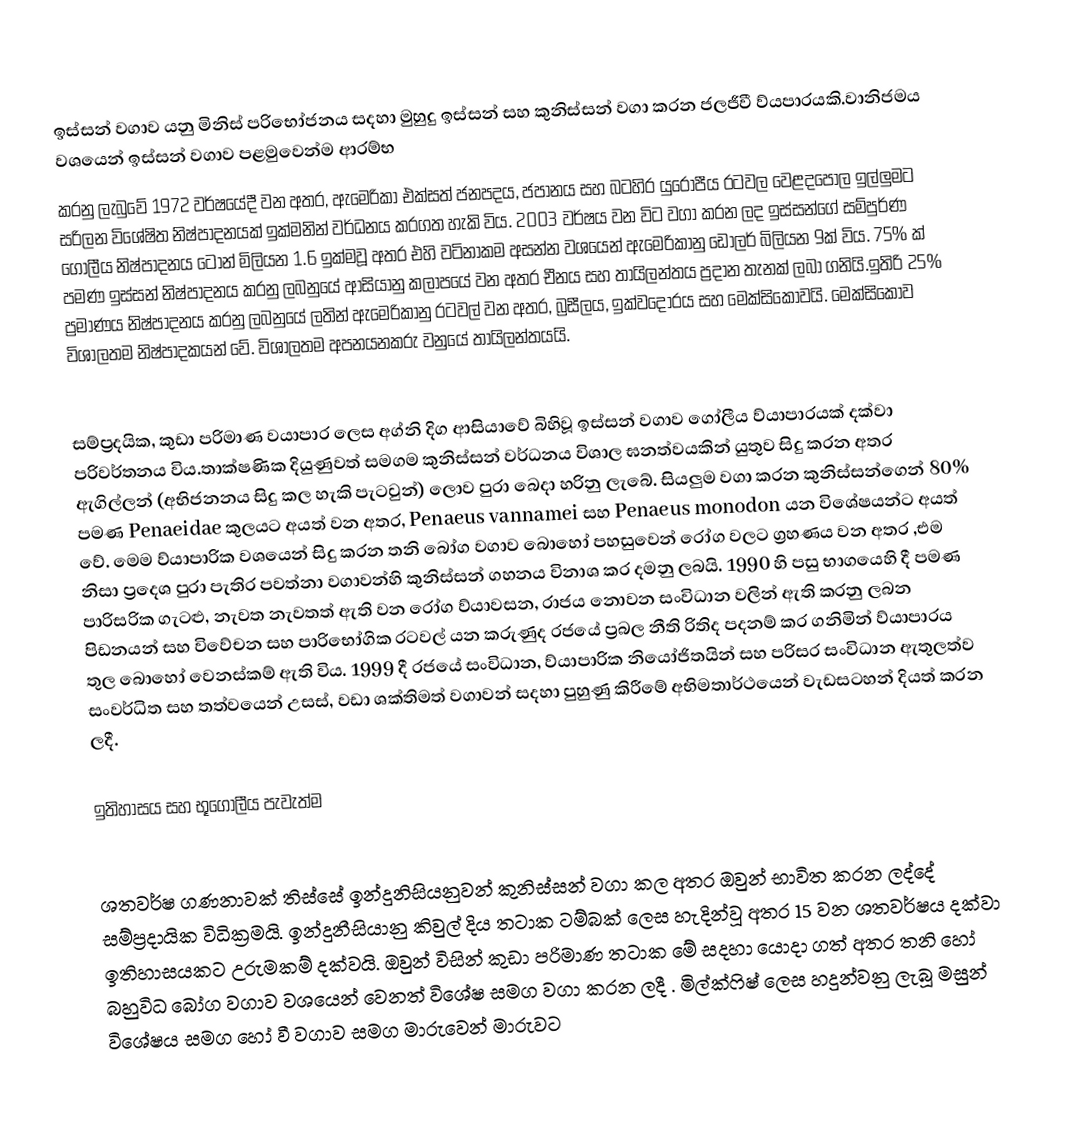
ඉස්සන් වගාව යනු මිනිස් පරිභෝජනය සදහා මුහුදු ඉස්සන් සහ කුනිස්සන් වගා කරන ජලජීවී ව්යපාරයකි.වානිජමය වශයෙන් ඉස්සන් වගාව පළමුවෙන්ම ආරම්භ
කරනු ලැබුවේ 1972 වර්ෂයේදී වන අතර, ඇමෙරිකා එක්සත් ජනපදය, ජපානය සහ බටහිර යුරෝපීය රටවල වෙළදපොල ඉල්ලුමට සරිලන විශේෂිත නිෂ්පාදනයක් ඉක්මනින් වර්ධනය කරගත හැකි විය. 2003 වර්ෂය වන විට වගා කරන ලද ඉස්සන්ගේ සම්පුර්ණ ගෝලීය නිෂ්පාදනය ටොන් මිලියන 1.6 ඉක්මවූ අතර එහි වටිනාකම අසන්න වශයෙන් ඇමෙරිකානු ඩොලර් බිලියන 9ක් විය. 75% ක් පමණ ඉස්සන් නිෂ්පාදනය කරනු ලබනුයේ ආසියානු කලාපයේ වන අතර චීනය සහ  තායිලන්තය ප්‍රදාන තැනක් ලබා ගනියි.ඉතිරි 25% ප්‍රමාණය නිෂ්පාදනය කරනු ලබනුයේ ලතින් ඇමෙරිකානු රටවල් වන අතර, බ්‍රසීලය, ඉක්වදෝරය සහ මෙක්සිකෝවයි. මෙක්සිකෝව විශාලතම නිෂ්පාදකයන් වේ. විශාලතම අපනයනකරු වනුයේ තායිලන්තයයි.

සම්ප්‍රදයික, කුඩා පරිමාණ වයාපාර ලෙස අග්නි දිග ආසියාවේ බිහිවූ ඉස්සන් වගාව ගෝලීය ව්යාපාරයක් දක්වා පරිවර්තනය විය.තාක්ෂණික දියුණුවත් සමගම කුනිස්සන් වර්ධනය විශාල ඝනත්වයකින් යුතුව සිදු කරන අතර ඇගිල්ලන් (අභිජනනය සිදු කල හැකි පැටවුන්) ලොව පුරා බෙදා හරිනු ලැබේ. සියලුම වගා කරන කුනිස්සන්ගෙන් 80% පමණ Penaeidae කුලයට අයත් වන  අතර, Penaeus vannamei සහ Penaeus monodon යන විශේෂයන්ට අයත් වේ. මෙම ව්යාපාරික වශයෙන් සිදු කරන තනි බෝග  වගාව බොහෝ පහසුවෙන් රෝග වලට ග්‍රහණය වන අතර ,එම නිසා ප්‍රදෙශ පුරා පැතිර පවත්නා වගාවන්හි කුනිස්සන් ගහනය විනාශ කර දමනු ලබයි. 1990 හි පසු භාගයෙහි දී   පමණ පාරිසරික ගැටළු, නැවත නැවතත් ඇති වන රෝග ව්යාවසන, රාජය නොවන සංවිධාන වලින් ඇති කරනු ලබන පිඩනයන් සහ විවේචන සහ පාරිභෝගික රටවල් යන කරුණුද රජයේ ප්‍රබල නීති රිතිද පදනම් කර ගනිමින් ව්යාපාරය තුල බොහෝ වෙනස්කම් ඇති විය. 1999 දී රජයේ සංවිධාන, ව්යාපාරික නියෝජිතයින් සහ පරිසර සංවිධාන ඇතුලත්ව සංවර්ධිත සහ තත්වයෙන් උසස්, වඩා ශක්තිමත් වගාවන් සදහා පුහුණු කිරීමේ අභිමතාර්ථයෙන් වැඩසටහන් දියත් කරන ලදී.

ඉතිහාසය සහ භූගෝලීය පැවැත්ම

ශතවර්ෂ ගණනාවක් තිස්සේ ඉන්දුනිසියනුවන් කුනිස්සන් වගා කල අතර  ඔවුන්  භාවිත කරන ලද්දේ සම්ප්‍රදායික විධික්‍රමයි. ඉන්දුනීසියානු කිවුල් දිය තටාක ටම්බක් ලෙස හැදින්වූ අතර 15 වන ශතවර්ෂය දක්වා ඉතිහාසයකට උරුමකම් දක්වයි. ඔවුන් විසින් කුඩා පරිමාණ තටාක මේ සදහා යොදා ගත් අතර තනි හෝ බහුවිධ බෝග වගාව වශයෙන් වෙනත් විශේෂ සමග වගා කරන ලදී . මිල්ක්ෆිෂ් ලෙස හදුන්වනු ලැබූ මසුන් විශේෂය සමග හෝ වී වගාව සමග මාරුවෙන් මාරුවට